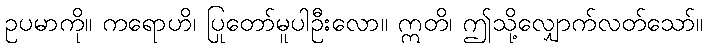
ဥပမာကို။ ကရောဟိ၊ ပြုတော်မူပါဦးလော။ ဣတိ၊ ဤသို့လျှောက်လတ်သော်။